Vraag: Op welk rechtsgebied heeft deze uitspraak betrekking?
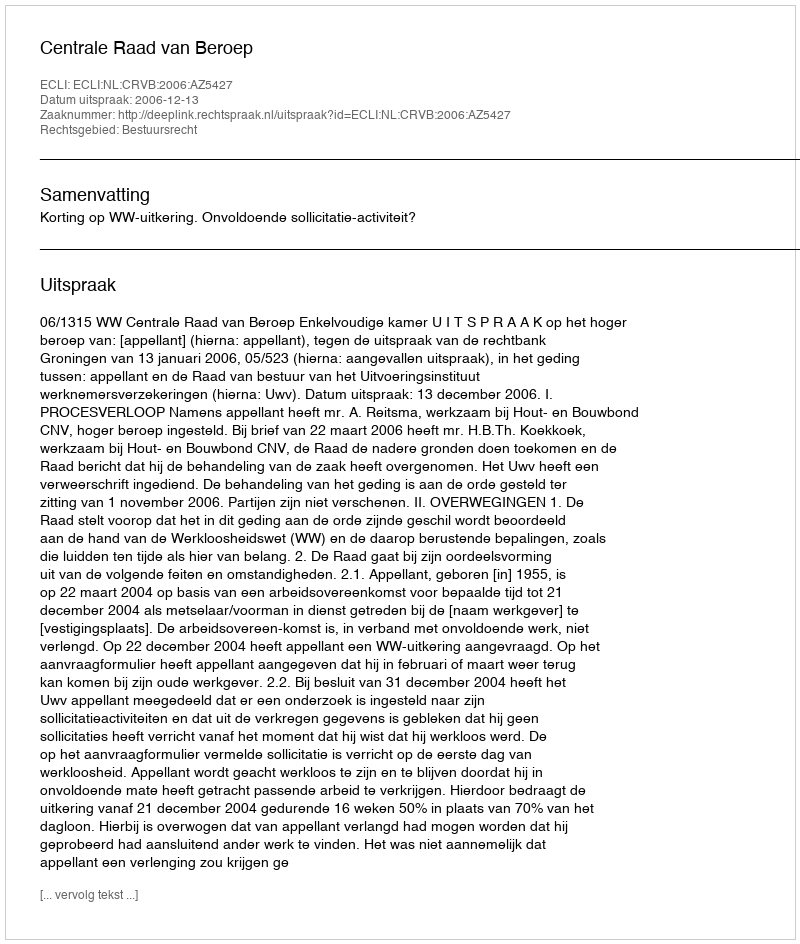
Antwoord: Bestuursrecht